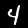
Digit: 4